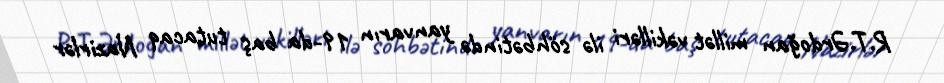
R.T.Ərdoğan millət vəkilləri ilə söhbətində yanvarın 19-da baş tutacaq Nazirlər